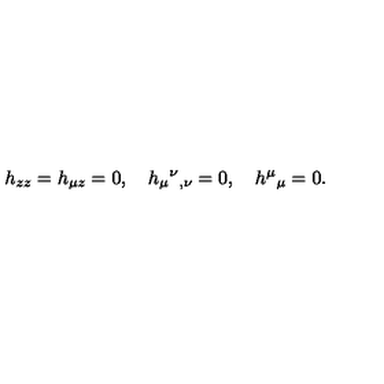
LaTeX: h _ { z z } = h _ { \mu z } = 0 , \quad h _ { \mu } { } ^ { \nu } { } _ { , \nu } = 0 , \quad h ^ { \mu } { } _ { \mu } = 0 .